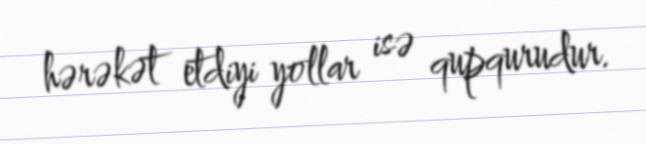
hərəkət etdiyi yollar isə qupqurudur.